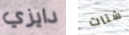
دايزي شتات